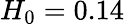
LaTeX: H_{0}=0.14